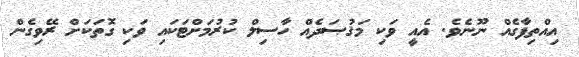
އިއްތިފާގެއް ނޫނެވެ. އެއީ ވަކި މަޤުޞަދެއް ހާސިލް ކުރުމަށްޓަކައި ވަކި ގޮތަކަށް ރޭވިގެން